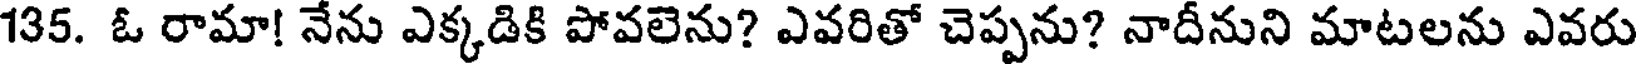
135. ఓ రామా! నేను ఎక్కడికి పోవలెను? ఎవరితో చెప్పను? నాదీనుని మాటలను ఎవరు